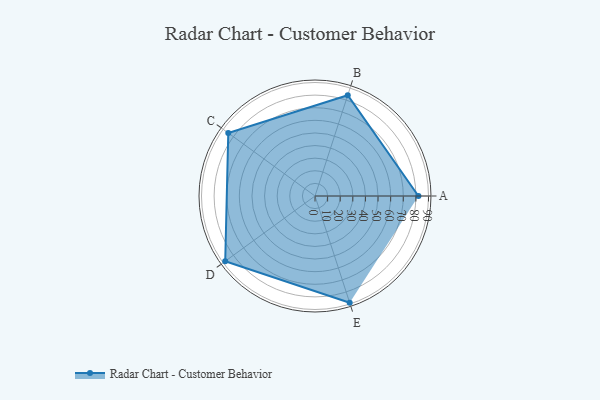
{"axis": {"x": "Skill", "y": "Score"}, "legend": ["Profile"], "data": [{"x": "A", "y": 82.0, "type": "Profile"}, {"x": "B", "y": 84.0, "type": "Profile"}, {"x": "C", "y": 85.0, "type": "Profile"}, {"x": "D", "y": 88.0, "type": "Profile"}, {"x": "E", "y": 89.0, "type": "Profile"}]}